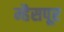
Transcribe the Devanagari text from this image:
म्हैसपूर